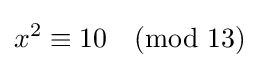
x^{2}\equiv 10{\pmod {13}}